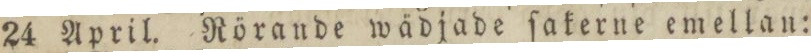
24 April. Rörande wädjade ſakerne emellan: